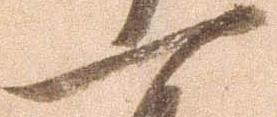
一